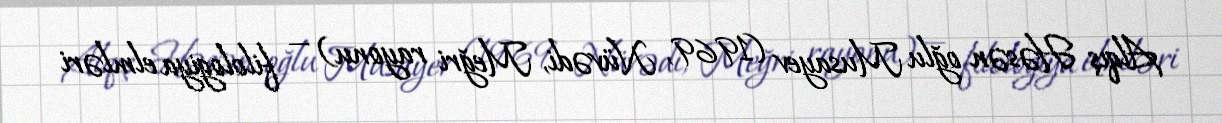
Alqış Həsən oğlu Musayev (1969, Nüvədi, Meğri rayonu) — filologiya elmləri